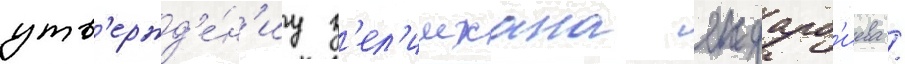
утв'ержд'е́н'иу з'ел'имхана яндарб'иева /